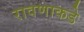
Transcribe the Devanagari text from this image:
रावणाकडे